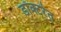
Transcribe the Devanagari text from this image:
डॉक्टरेत